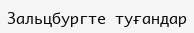
Зальцбургте туғандар